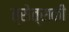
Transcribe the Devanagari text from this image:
त्रोत्सकी